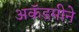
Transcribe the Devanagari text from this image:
अकॅडमीने